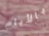
بالأيام